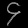
Digit: ၄